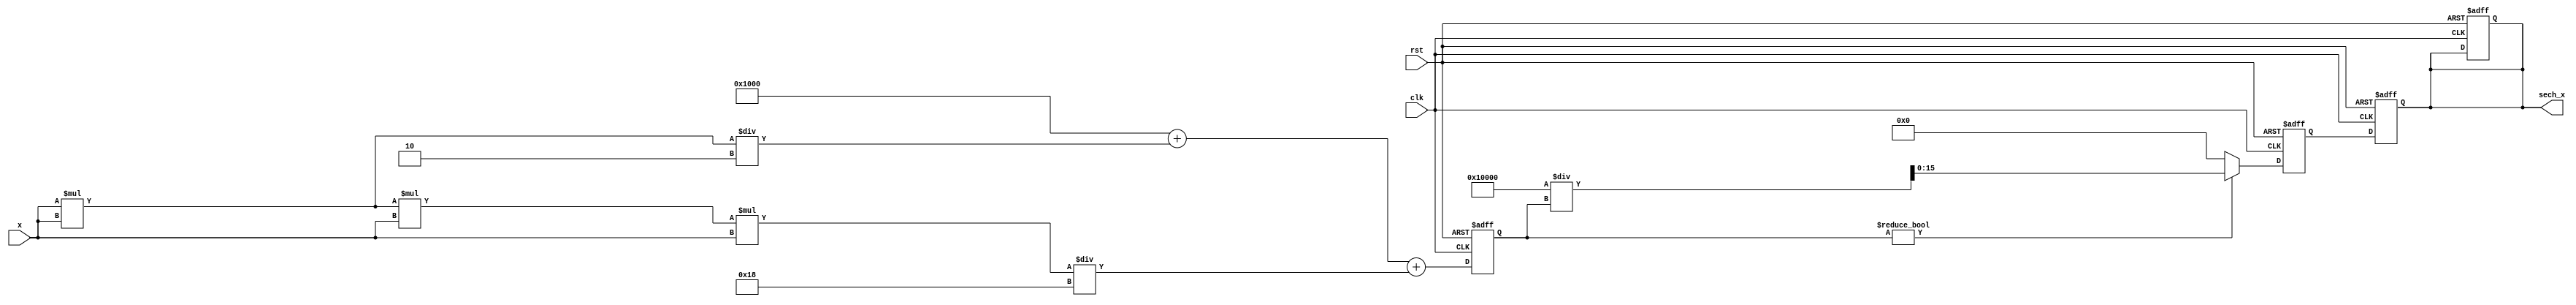
module hyperbolic_secant (
    input wire [15:0] x,          // Input signal (fixed-point representation)
    output reg [15:0] sech_x,     // Output signal (sech(x))
    input wire clk,               // Clock signal
    input wire rst                // Reset signal
);

    // Parameters for fixed-point representation
    parameter WIDTH = 16;         // Total bits
    parameter FRAC_BITS = 12;     // Fractional bits for fixed-point
    parameter SCALE_FACTOR = 1 << FRAC_BITS; // Scale factor for fixed-point

    // Intermediate signals
    reg [31:0] cosh_x;            // Extended width for cosh calculation
    reg [31:0] reciprocal;         // Extended width for reciprocal calculation

    // Cosh calculation using a simple polynomial approximation
    // cosh(x) = 1 + (x^2)/2! + (x^4)/4! + ...
    always @(posedge clk or posedge rst) begin
        if (rst) begin
            cosh_x <= 0;
            sech_x <= 0;
        end else begin
            // Simple approximation for cosh(x) up to x^4
            cosh_x <= (SCALE_FACTOR + (x * x) / 2 +
                       (x * x * x * x) / 24); // x^4 / 4! = x^4 / 24
        end
    end

    // Reciprocal calculation
    always @(posedge clk or posedge rst) begin
        if (rst) begin
            reciprocal <= 0;
            sech_x <= 0;
        end else begin
            // Simple reciprocal calculation using iterative method
            // Newton-Raphson method for 1/cosh_x
            if (cosh_x != 0) begin
                reciprocal <= (1 << WIDTH) / cosh_x; // 1 << WIDTH is 2^WIDTH
            end else begin
                reciprocal <= 0; // Handle division by zero
            end
            sech_x <= reciprocal[WIDTH-1:0]; // Assign the lower WIDTH bits to sech_x
        end
    end

endmodule